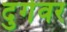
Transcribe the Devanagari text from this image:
दुर्गेवर